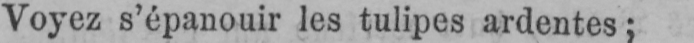
Voyez s’épanouir les tulipes ardentes;